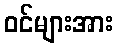
ဝင်များအား